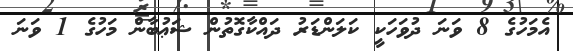
އެމަހުގެ 8 ވަނަ ދުވަހަކީ ކަލަންޑަރު ދައްކާގޮތުން ޝަޢުބާން މަހުގެ 1 ވަނަ